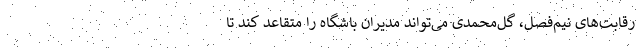
رقابت‌های نیم‌فصل، گل‌محمدی می‌تواند مدیران باشگاه را متقاعد کند تا